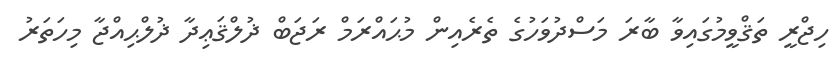
ހިޖްރީ ތަޤްވީމުގައިވާ ބާރަ މަސްދުވަހުގެ ތެރެއިން މުޙައްރަމް ރަޖަބް ޛުލްޤަޢިދާ ޛުލްޙިއްޖާ މިހަތަރު